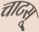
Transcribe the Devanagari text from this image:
चाटसू